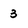
Character: 3